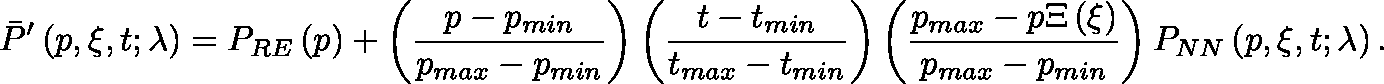
\bar { P } ^ { \prime } \left( p , \xi , t ; \mathbf { \lambda } \right) = P _ { R E } \left( p \right) + \left( \frac { p - p _ { m i n } } { p _ { m a x } - p _ { m i n } } \right) \left( \frac { t - t _ { m i n } } { t _ { m a x } - t _ { m i n } } \right) \left( \frac { p _ { m a x } - p \Xi \left( \xi \right) } { p _ { m a x } - p _ { m i n } } \right) P _ { N N } \left( p , \xi , t ; \mathbf { \lambda } \right) .